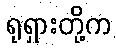
ရုရှားတို့က